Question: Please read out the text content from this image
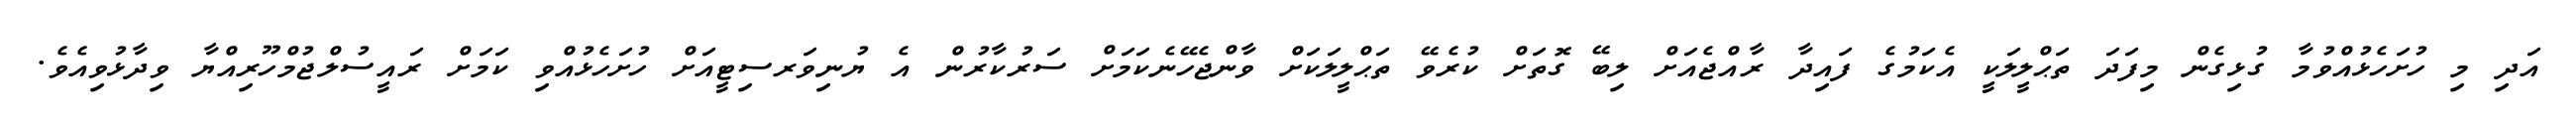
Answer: އަދި މި ހުށަހެޅުއްވުމާ ގުޅިގެން މިފަދަ ތަޙްލީލަކީ އެކަމުގެ ފައިދާ ރާއްޖެއަށް ލިބޭ ގޮތަށް ކުރެވޭ ތަޙްލީލަކަށް ވާންޖެހޭނެކަމަށް ސަރުކާރުން އެ ޔުނިވަރސިޓީއަށް ހުށަހެޅުއްވި ކަމަށް ރައީސުލްޖުމްހޫރިއްޔާ ވިދާޅުވިއެވެ.